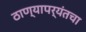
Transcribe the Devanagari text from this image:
ठाण्यापर्यंतचा